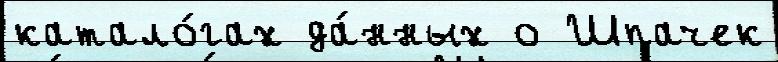
катало́гах да́нных о Шпачек